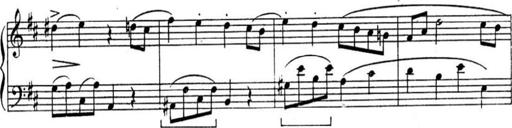
Title: Sonatines
Composer: Hedwige ChrÃ©tien